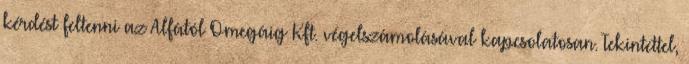
kérdést feltenni az Alfától Omegáig Kft. végelszámolásával kapcsolatosan. Tekintettel,